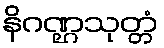
နိဂဏ္ဌသုတ္တံ